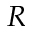
R